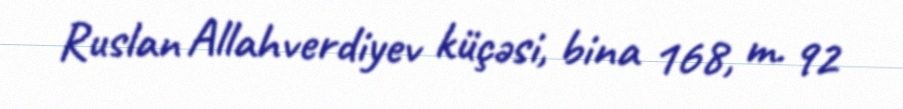
Ruslan Allahverdiyev küçəsi, bina 168, m. 92